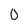
Character: 0